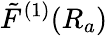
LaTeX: \tilde{F}^{(1)}(R_{a})